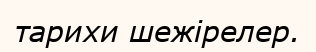
тарихи шежірелер.